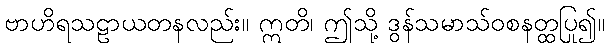
ဗာဟိရသဠာယတနလည်း။ ဣတိ၊ ဤသို့ ဒွန်သမာသ်ဝစနတ္ထပြု၍။